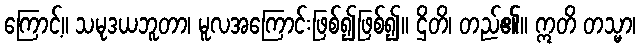
ကြောင့်။ သမုဒယဘူတာ၊ မူလအကြောင်းဖြစ်၍ဖြစ်၍။ ဌိတိ၊ တည်၏။ ဣတိ တသ္မာ၊